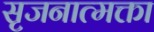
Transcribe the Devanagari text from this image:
सृजनात्मक्ता